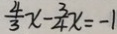
\frac { 4 } { 3 } x - \frac { 3 } { 4 } x = - 1